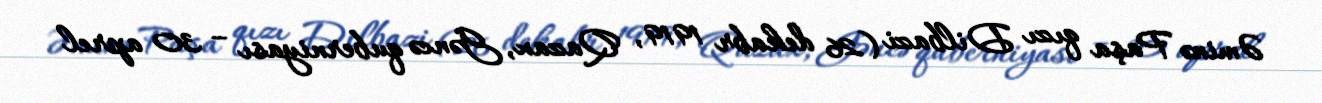
Əminə Paşa qızı Dilbazi (26 dekabr 1919, Qazax, Gəncə quberniyası – 30 aprel